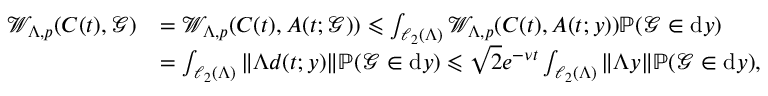
\begin{array} { r l } { \mathcal { W } _ { \Lambda , p } ( C ( t ) , \mathcal { G } ) } & { = \mathcal { W } _ { \Lambda , p } ( C ( t ) , A ( t ; \mathcal { G } ) ) \leqslant \int _ { \ell _ { 2 } ( \Lambda ) } \mathcal { W } _ { \Lambda , p } ( C ( t ) , A ( t ; y ) ) \mathbb { P } ( \mathcal { G } \in \mathrm { d } y ) } \\ & { = \int _ { \ell _ { 2 } ( \Lambda ) } \| \Lambda d ( t ; y ) \| \mathbb { P } ( \mathcal { G } \in \mathrm { d } y ) \leqslant { \sqrt { 2 } } e ^ { - \nu t } \int _ { \ell _ { 2 } ( \Lambda ) } \| \Lambda y \| \mathbb { P } ( \mathcal { G } \in \mathrm { d } y ) , } \end{array}